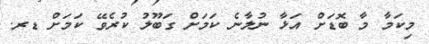
މިކަމާ މާ ބޮޑަށް އަޅާ ނުލާނެ ކަމަށް ގަބޫލު ކުރެވޭ ކަމަށް ޑރ.